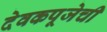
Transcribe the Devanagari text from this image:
देवकपूजेची